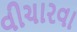
વીચારવા